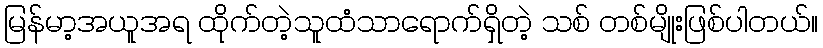
မြန်မာ့အယူအရ ထိုက်တဲ့သူထံသာရောက်ရှိတဲ့ သစ် တစ်မျိုးဖြစ်ပါတယ်။